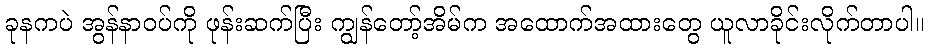
ခုနကပဲ အွန်နာဝပ်ကို ဖုန်းဆက်ပြီး ကျွန်တော့်အိမ်က အထောက်အထားတွေ ယူလာခိုင်းလိုက်တာပါ။